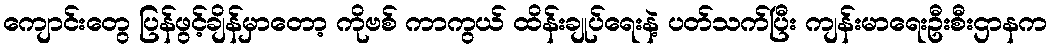
ကျောင်းတွေ ပြန်ဖွင့်ချိန်မှာတော့ ကိုဗစ် ကာကွယ် ထိန်းချုပ်ရေးနဲ့ ပတ်သက်ပြီး ကျန်းမာရေးဦးစီးဌာနက